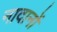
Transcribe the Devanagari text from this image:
नादानों